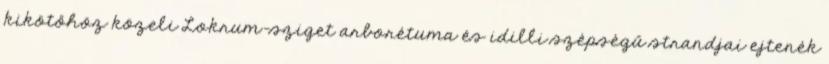
kikötőhöz közeli Lokrum-sziget arborétuma és idilli szépségű strandjai ejtenék